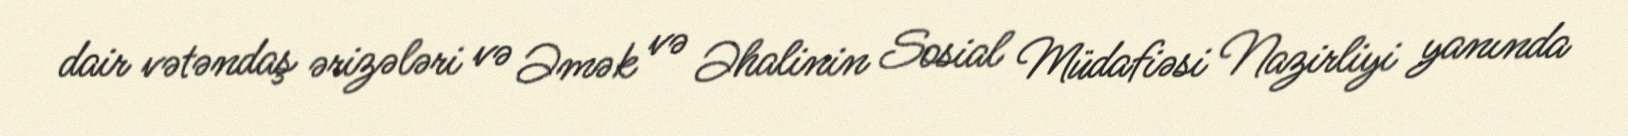
dair vətəndaş ərizələri və Əmək və Əhalinin Sosial Müdafiəsi Nazirliyi yanında